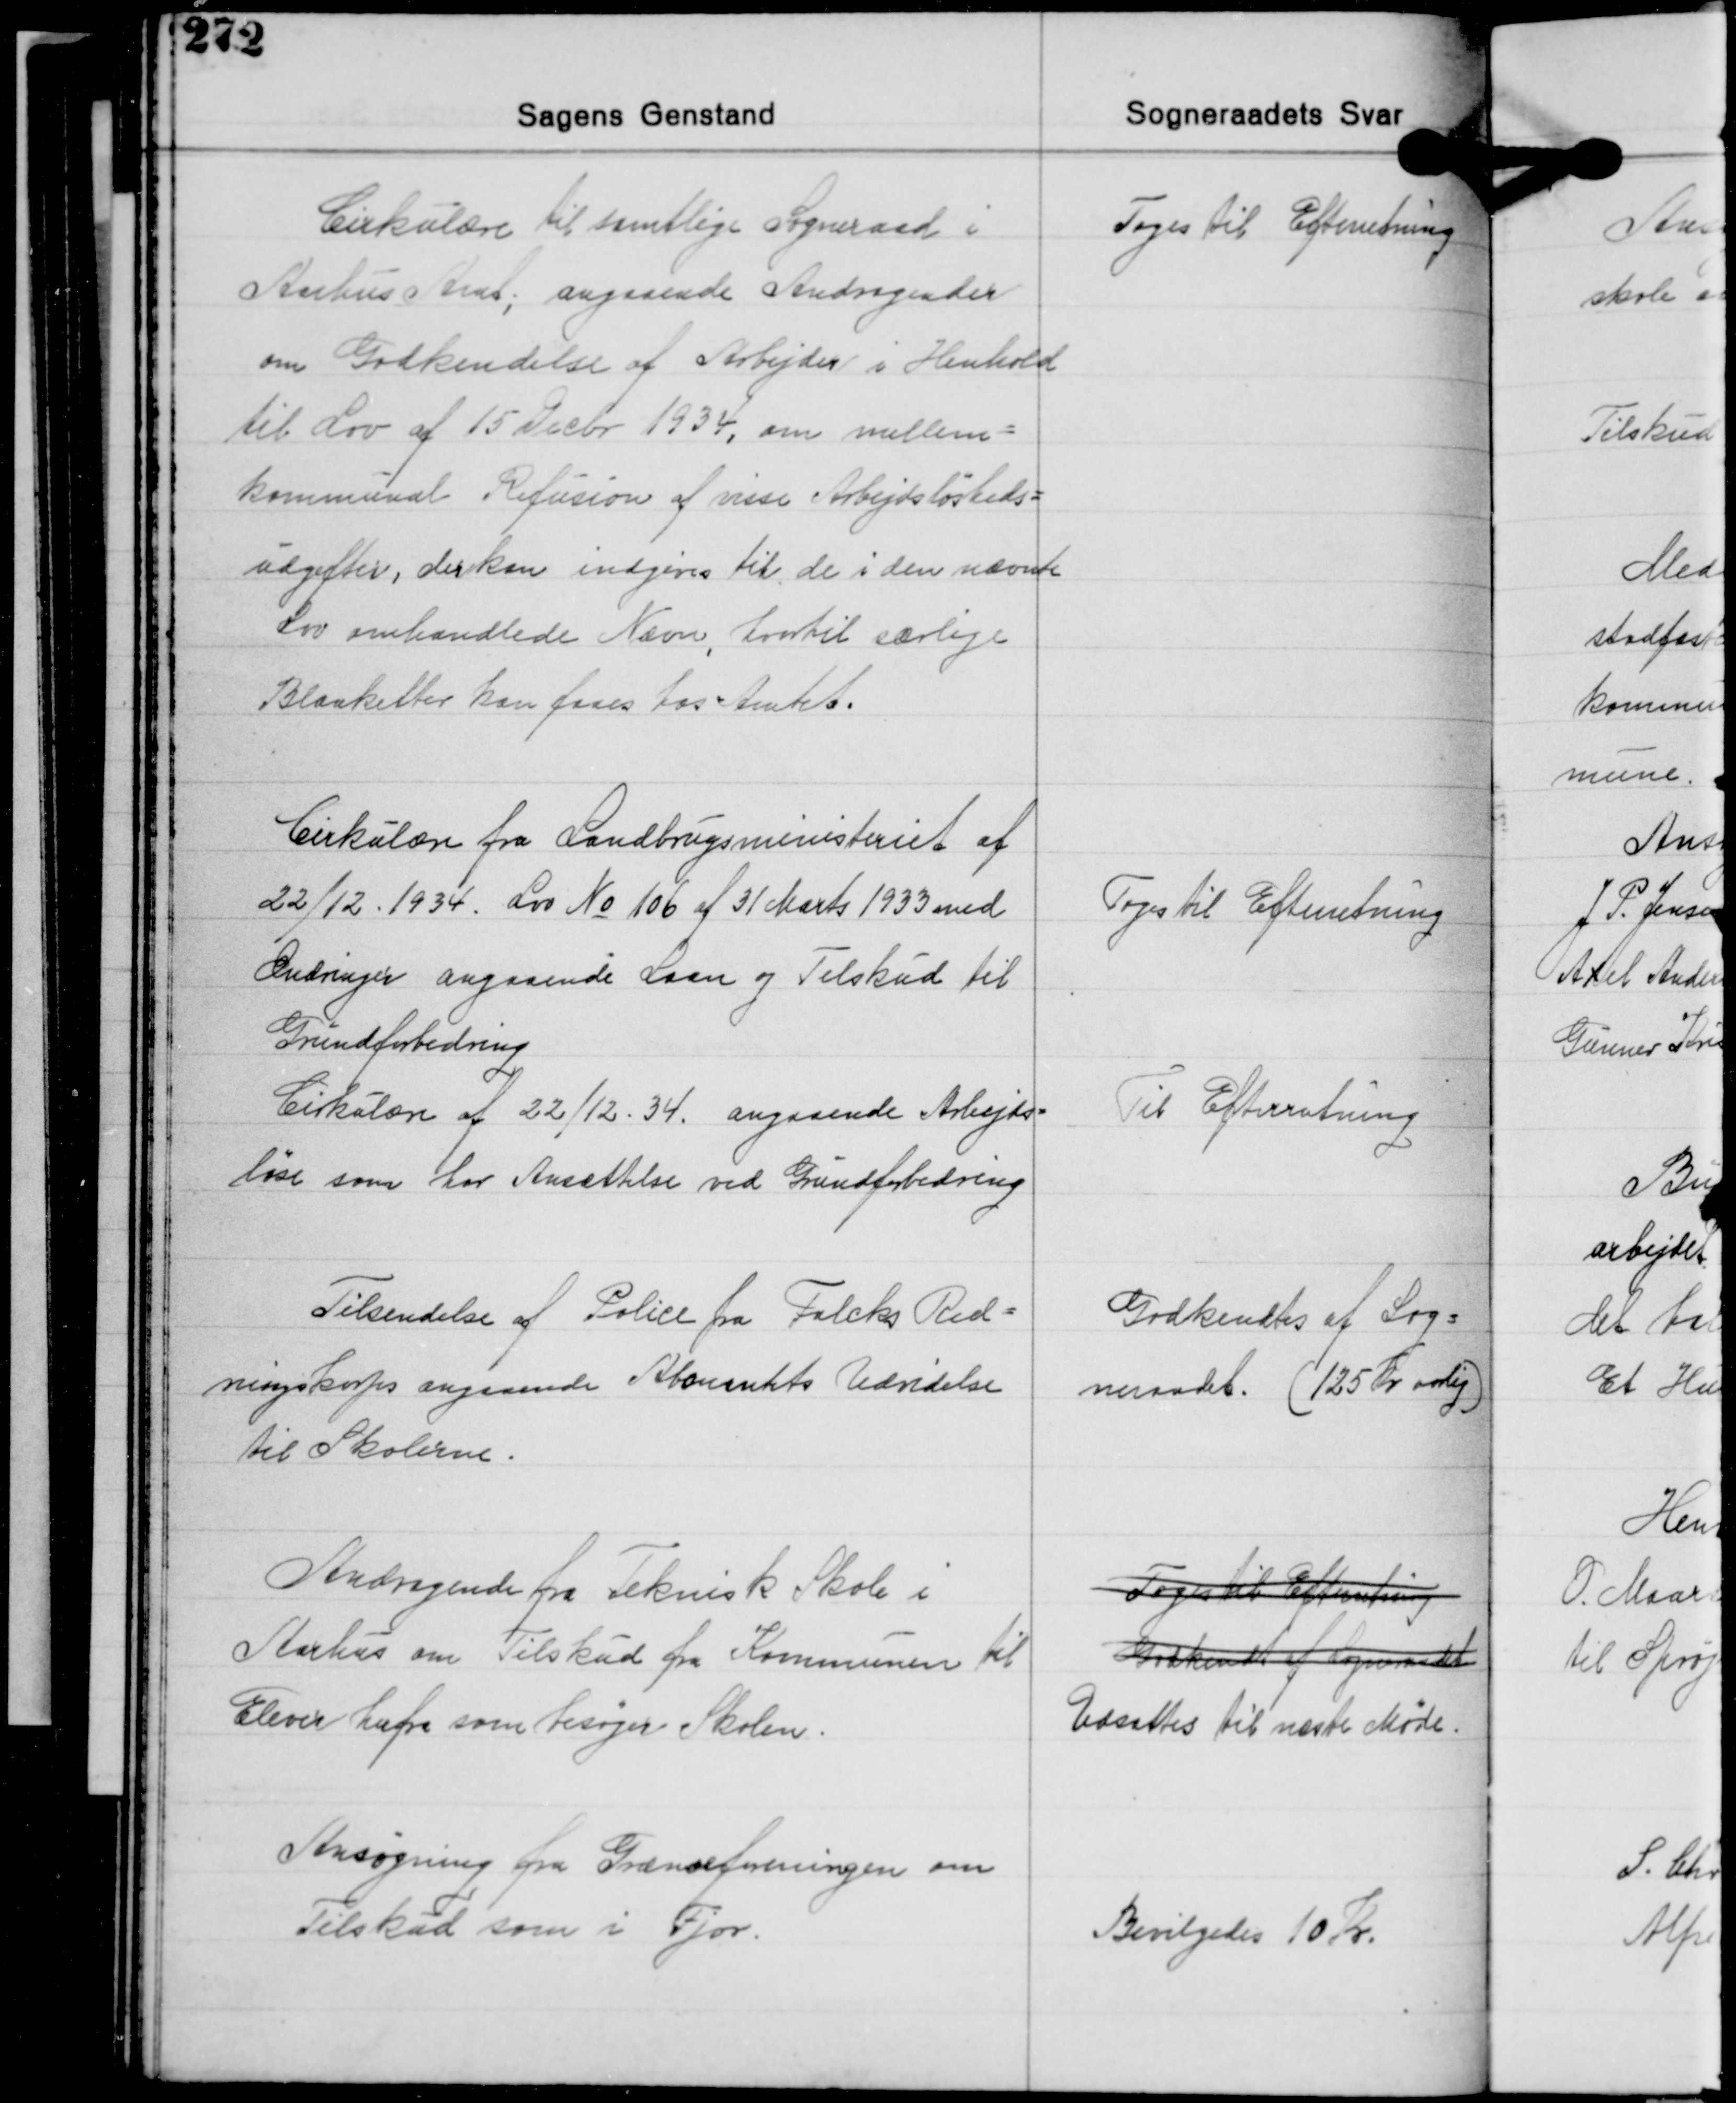
Transskription:
Cirkulære til samtlige Sogneraad i
Aarhus Amt; angaaende Andragender
om Godkendelse af Arbejder i Henhold
til Lov af 15 Decbr. 1934, om mellem-
kommunal Refusion af visse Arbejdsløsheds-
udgifter, der kan indgives til de i den nævnte
Lov omhandlede Nævn, hvortil særlige
Blanketter kan faaes hos Amtet.

Toges til Efterretning

Cirkulære fra Landbrugsministeriet af
22/12 1934. Lov No 106 af 31 Marts 1933 med
Ændringer angaaende Laan og Tilskud til
Grundforbedring
Cirkulære af 22/12 34. angaaende Arbejds-
løse som har Ansættelse ved Grundforbedring

Toges til Efterretning

Til Efterretning

Tilsendelse af Police fra Falcks Red-
ningskorps angaaende Abonentets Udvidelse
til Skolerne.

Godkendtes af Sog-
neraadet. (125 Kr. aarlig)

Andragende fra Teknisk Skole i
Aarhus om Tilskud fra Kommunen til
Elever herfra som besøger Skolen.

Toges til Efterretning
Godkendt af Sogneradet
Udsættes til næste Møde.

Ansøgning fra Grænseforeningen om
Tilskud som i Fjor.

Bevilgedes 10 Kr.